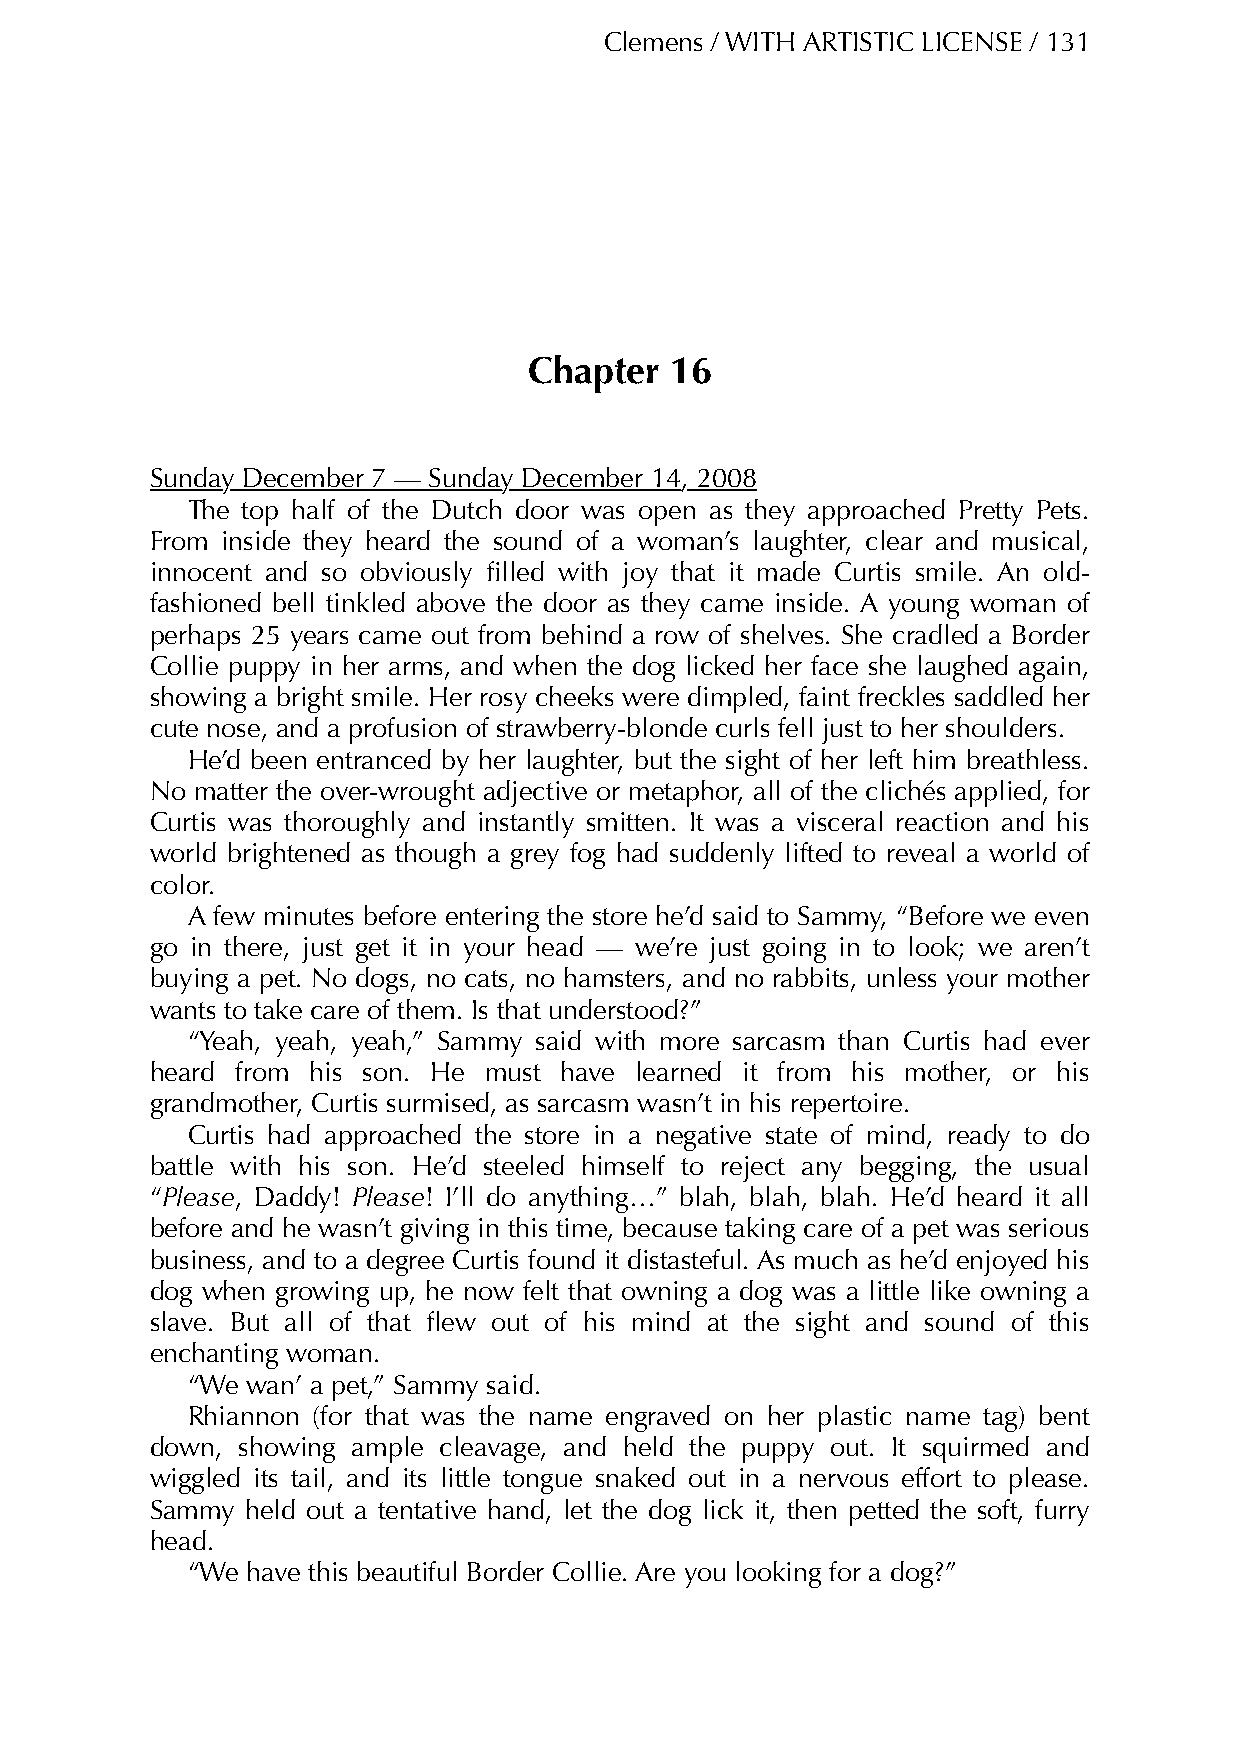
Clemens / WITH ARTISTIC LICENSE / 131
 Chapter  16
 Sunday December 7 — Sunday December 14, 2008
 The top half of the Dutch door was open as they approached Pretty Pets.
 From inside they heard the sound of a woman’s laughter, clear and musical,
 innocent and so obviously filled with joy that it made Curtis smile. An old-
 fashioned bell tinkled above the door as they came inside. A young woman of
 perhaps 25 years came out from behind a row of shelves. She cradled a Border
 Collie puppy in her arms, and when the dog licked her face she laughed again,
 showing a bright smile. Her rosy cheeks were dimpled, faint freckles saddled her
 cute nose, and a profusion of strawberry-blonde curls fell just to her shoulders.
 He’d been entranced by her laughter, but the sight of her left him breathless.
 No matter the over-wrought adjective or metaphor, all of the clichés applied, for
 Curtis was thoroughly and instantly smitten. It was a visceral reaction and his
 world brightened as though a grey fog had suddenly lifted to reveal a world of
 color.
 A few minutes before entering the store he’d said to Sammy, “Before we even
 go in there, just get it in your head — we’re just going in to look; we aren’t
 buying a pet. No dogs, no cats, no hamsters, and no rabbits, unless your mother
 wants to take care of them. Is that understood?”
 “Yeah, yeah, yeah,” Sammy said with more sarcasm than Curtis had ever
 heard from his son. He must have learned it from his mother, or his
 grandmother, Curtis surmised, as sarcasm wasn’t in his repertoire.
 Curtis had approached the store in a negative state of mind, ready to do
 battle with his son. He’d steeled himself to reject any begging, the usual
 “Please, Daddy! Please! I’ll do anything…” blah, blah, blah. He’d heard it all
 before and he wasn’t giving in this time, because taking care of a pet was serious
 business, and to a degree Curtis found it distasteful. As much as he’d enjoyed his
 dog when growing up, he now felt that owning a dog was a little like owning a
 slave. But all of that flew out of his mind at the sight and sound of this
 enchanting woman.
 “We wan’ a pet,” Sammy said.
 Rhiannon (for that was the name engraved on her plastic name tag) bent
 down, showing ample cleavage, and held the puppy out. It squirmed and
 wiggled its tail, and its little tongue snaked out in a nervous effort to please.
 Sammy held out a tentative hand, let the dog lick it, then petted the soft, furry
 head.
 “We have this beautiful Border Collie. Are you looking for a dog?”